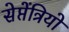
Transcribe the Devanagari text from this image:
सेप्तेंत्रियो